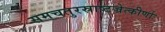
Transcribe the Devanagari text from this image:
समचतुरस्राष्टज्रेत्कीर्णाः